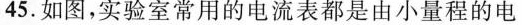
45.如图，实验室常用的电流表都是由小量程的电